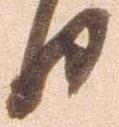
日